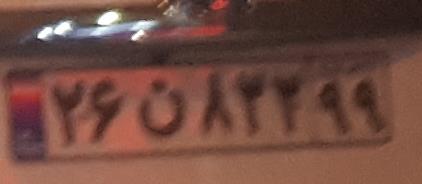
۲۶ن۸۲۲۹۹